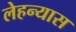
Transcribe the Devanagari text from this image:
लेहन्यास